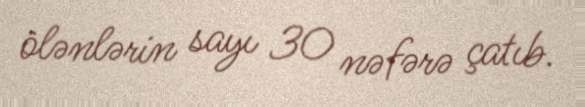
ölənlərin sayı 30 nəfərə çatıb.